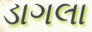
ડાગલા